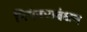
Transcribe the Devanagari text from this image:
नियंत्रणबंधन